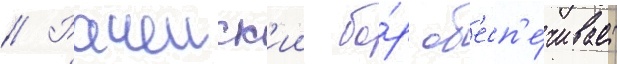
// Рачеиск'ии бо́р об'есп'е́чивает